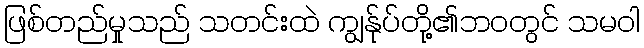
ဖြစ်တည်မှုသည် သတင်းထဲ ကျွန်ုပ်တို့၏ဘဝတွင် သမဝါ